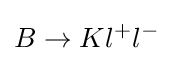
B\to Kl^{+}l^{-}